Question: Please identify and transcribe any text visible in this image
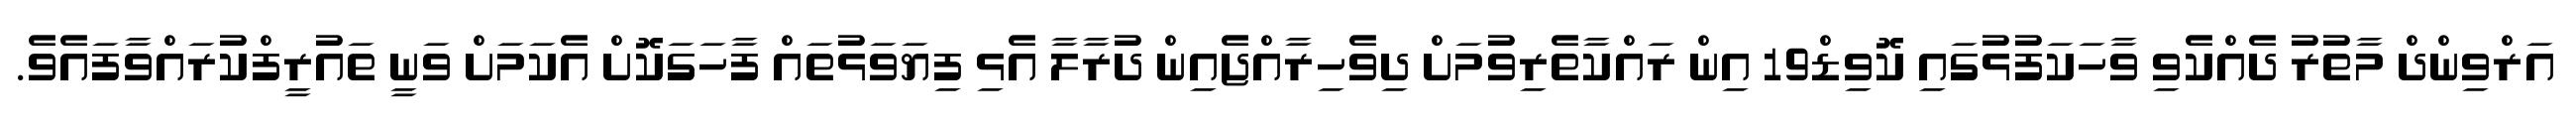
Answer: އަރްވިންދް މާތުރު ދެއްކެވި ވާހަކަފުޅުގައި ކޮވިޑް19 އިން ރައްކާތެރިވުމަށް ދިވެހިރާއްޖެއިން ދުރާލާ އެޅި ފިޔަވަޅުތައް ފާހަގަކޮށް އެކަމަށް ވަނީ ތައުރީފްކުރައްވާފައެވެ.